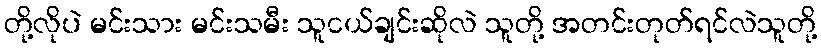
တို့လိုပဲ မင်းသား မင်းသမီး သူငယ်ချင်းဆိုလဲ သူတို့ အတင်းတုတ်ရင်လဲသူတို့